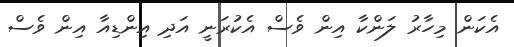
އެކަން މިހާރު ލަންކާ އިން ވެސް އެކުރަނީ އަދި އިންޑިއާ އިން ވެސް